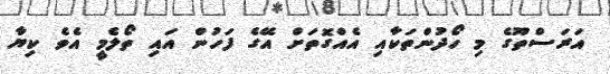
އަރަސްތޫގެ މި ހޯދުންތަކާއި އެއްގޮތަށް އޭގެ ފަހުން އައި ތޯލެމީ އެވެ ކިޔާ